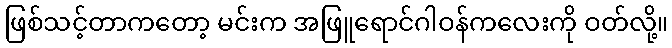
ဖြစ်သင့်တာကတော့ မင်းက အဖြူရောင်ဂါဝန်ကလေးကို ဝတ်လို့။